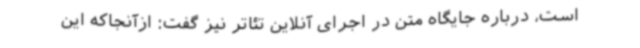
است، درباره جایگاه متن در اجرای آنلاین تئاتر نیز گفت: ازآنجاکه این